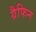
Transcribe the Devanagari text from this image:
ग्रैफिन